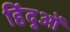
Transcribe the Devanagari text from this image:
हिंदुआें